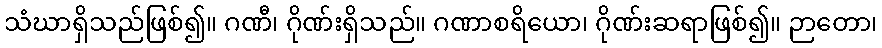
သံဃာရှိသည်ဖြစ်၍။ ဂဏီ၊ ဂိုဏ်းရှိသည်။ ဂဏာစရိယော၊ ဂိုဏ်းဆရာဖြစ်၍။ ဉာတော၊